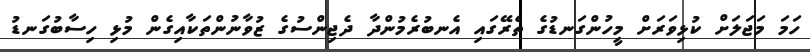
ހަމަ މަަޖަލަށް ކުޅިވަރަށް މީހުންގަނޑުގެ ތެރޭގައި އެނބުރެމުންދާ ދެޖިންސުގެ ޒުވާނުންތަކާއިގެން މުޅި ހިސާބުގަނޑު